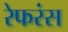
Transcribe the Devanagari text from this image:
रेफरंस